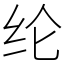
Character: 纶